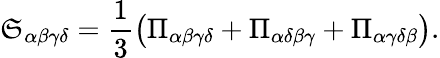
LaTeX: \mathfrak{S}_{\alpha\beta\gamma\delta}=\frac{{1}}{{3}}\left(\Pi_{\alpha\beta\gamma\delta}+\Pi_{\alpha\delta\beta\gamma}+\Pi_{\alpha\gamma\delta\beta}\right).